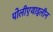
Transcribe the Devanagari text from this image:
पोलीएथाइलीन